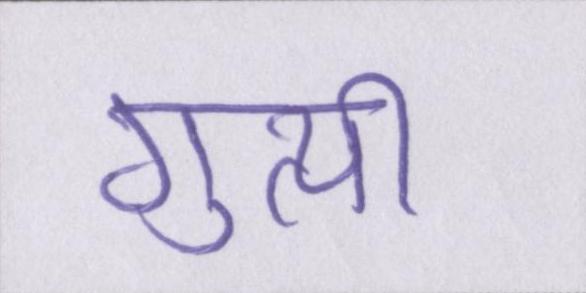
गुत्थी